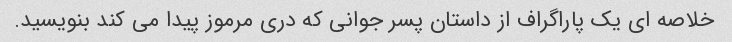
خلاصه ای یک پاراگراف از داستان پسر جوانی که دری مرموز پیدا می کند بنویسید.